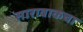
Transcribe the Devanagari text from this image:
सारावाकचा